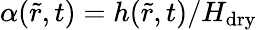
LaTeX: \alpha(\tilde{r},t)=h(\tilde{r},t)/H_{\mathrm{dry}}